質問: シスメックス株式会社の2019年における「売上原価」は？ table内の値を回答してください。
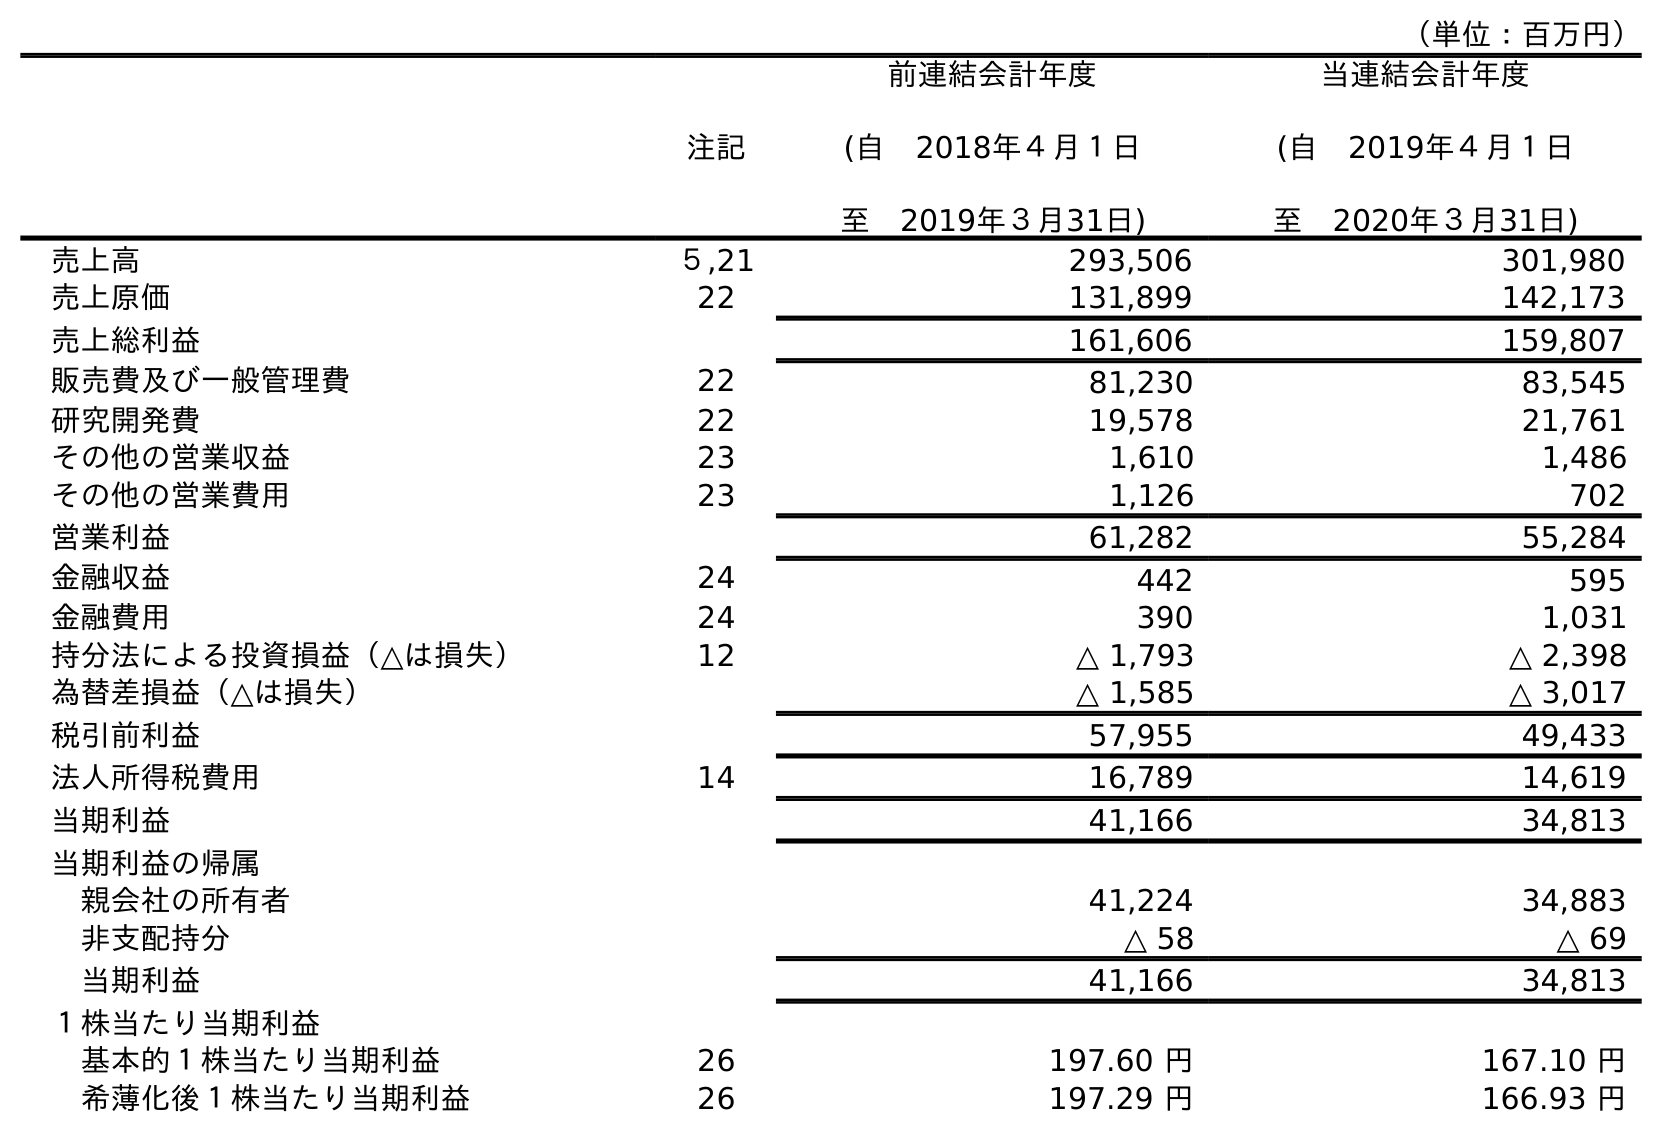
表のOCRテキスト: （単位：百万円） 注記 前連結会計年度 (自 2018年４月１日 至 2019年３月31日) 当連結会計年度 (自 2019年４月１日 至 2020年３月31日) 売上高 ５,21 293,506 301,980 売上原価 22 131,899 142,173 売上総利益 161,606 159,807 販売費及び一般管理費 22 81,230 83,545 研究開発費 22 19,578 21,761 その他の営業収益 23 1,610 1,486 その他の営業費用 23 1,126 702 営業利益 61,282 55,284 金融収益 24 442 595 金融費用 24 390 1,031 持分法による投資損益（△は損失） 12 △ 1,793 △ 2,398 為替差損益（△は損失） △ 1,585 △ 3,017 税引前利益 57,955 49,433 法人所得税費用 14 16,789 14,619 当期利益 41,166 34,813 当期利益の帰属 親会社の所有者 41,224 34,883 非支配持分 △ 58 △ 69 当期利益 41,166 34,813 １株当たり当期利益 基本的１株当たり当期利益 26 197.60 円 167.10 円 希薄化後１株当たり当期利益 26 197.29 円 166.93 円
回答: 131,899